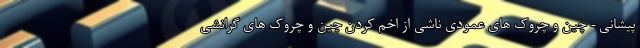
پیشانی - چین و چروک های عمودی ناشی از اخم کردن چین و چروک های گرانشی